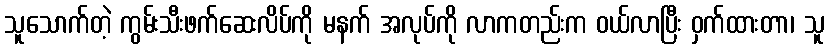
သူသောက်တဲ့ ကွမ်းသီးဖက်ဆေးလိပ်ကို မနက် အလုပ်ကို လာကတည်းက ဝယ်လာပြီး ဝှက်ထားတာ၊ သူ